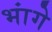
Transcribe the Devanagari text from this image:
भांगे